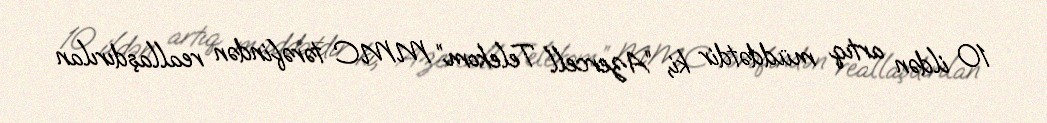
10 ildən artıq müddətdir ki, “Azercell Telekom” MMC tərəfindən reallaşdırılan